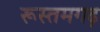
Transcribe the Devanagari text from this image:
रूस्तमगढ़